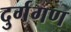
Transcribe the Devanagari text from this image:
दुर्गगण